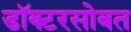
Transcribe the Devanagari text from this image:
डॉक्टरसोबत